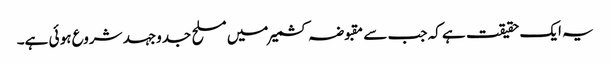
یہ ایک حقیقت ہے کہ جب سے مقبوضہ کشمیر میں مسلح جدوجہد شروع ہو ئی ہے۔